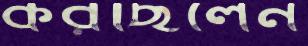
করছিলেন